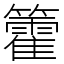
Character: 籗